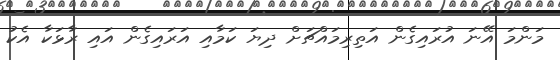
މަންމަ އޭނަ އުރައިގެން އަތިރިމައްޗަށް ދިޔަ ކަމާއި އަރައިގެން އައި ރާޅަކާ އެކު